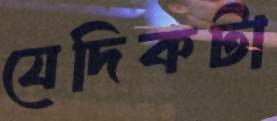
যেদিকটা